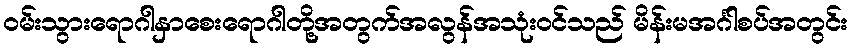
ဝမ်းသွားရောဂါနှာစေးရောဂါတို့အတွက်အလွန်အသုံးဝင်သည် မိန်းမအင်္ဂါစပ်အတွင်း